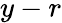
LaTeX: y-r